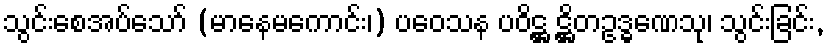
သွင်းစေအပ်သော် (မာနေမကောင်း၊) ပဝေသန ပဝိဋ္ဌ ဋ္ဌိတဥဒ္ဓဏေသု၊ သွင်းခြင်း,